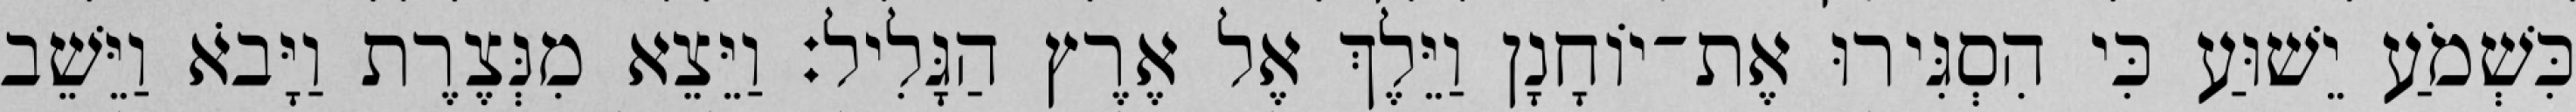
כִּשְׁמֹעַ יֵשׁוּעַ כִּי הִסְגִּירוּ אֶת־יוֹחָנָן וַיֵּלֶךְ אֶל אֶרֶץ הַגָּלִיל׃ וַיֵּצֵא מִנְּצֶרֶת וַיָּבֹא וַיֵּשֵׁב